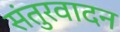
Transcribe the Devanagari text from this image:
संतुरवादन